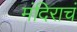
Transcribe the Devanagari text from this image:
मंदिराचं